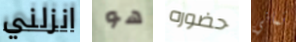
انزلني هو حضوره ثماني